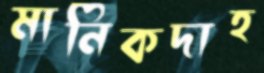
মানিকদাহ